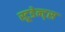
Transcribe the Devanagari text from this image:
स्टूडेन्ट्स